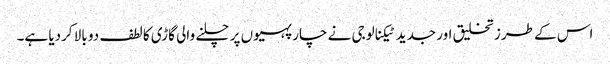
اس کے طرز تخلیق اور جدید ٹیکنالوجی نے چار پہیوں پر چلنے والی گاڑی کا لطف دو بالا کردیا ہے۔